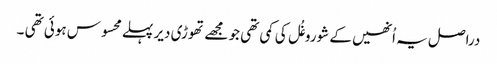
دراصل یہ اُنھیں کے شوروغُل کی کمی تھی جو مجھے تھوڑی دیر پہلے محسوس ہوئی تھی ۔